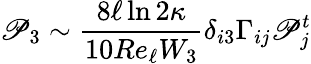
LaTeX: \mathscr{P}_{3}\sim\frac{{8\ell\ln{2\kappa}}}{{10Re_{\ell}W_{3}}}\delta_{i3}\Gamma_{ij}\mathscr{P}_{j}^{t}